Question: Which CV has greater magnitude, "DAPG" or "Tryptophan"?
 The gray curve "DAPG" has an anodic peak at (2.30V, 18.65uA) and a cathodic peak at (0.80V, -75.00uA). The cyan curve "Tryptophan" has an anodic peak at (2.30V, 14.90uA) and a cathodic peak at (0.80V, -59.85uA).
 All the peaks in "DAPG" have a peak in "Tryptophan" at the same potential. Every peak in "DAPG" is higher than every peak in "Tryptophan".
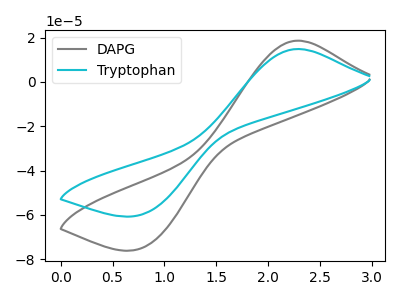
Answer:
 <answer>"DAPG" has more signal than "Tryptophan".</answer>
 <eval>more_signal</eval>